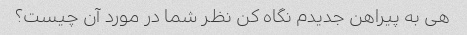
هی به پیراهن جدیدم نگاه کن نظر شما در مورد آن چیست؟